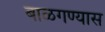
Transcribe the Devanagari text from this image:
बाळगण्यास